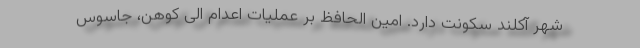
شهر آکلند سکونت دارد. امین الحافظ بر عملیات اعدام الی کوهن، جاسوس